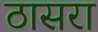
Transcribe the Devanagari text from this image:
ठासरा